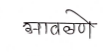
मजकूर: मावळणे